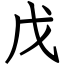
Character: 戊